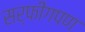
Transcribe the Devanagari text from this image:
सर्फींगपण